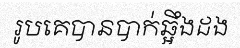
រូបគេបានបាក់ឆ្អឹងដង